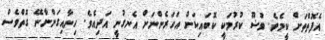
އެފޮތްތަށް ކީމެވެ. ވުޟޫ ކުރުމަކީ ކޮބައިކަން އަހަރެންނަށް އެނގުނީ އަދިއެވެ. ހިނާއިގަންނާނޭ ގޮތްވެސް